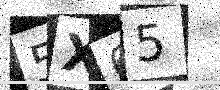
Text: 5X65